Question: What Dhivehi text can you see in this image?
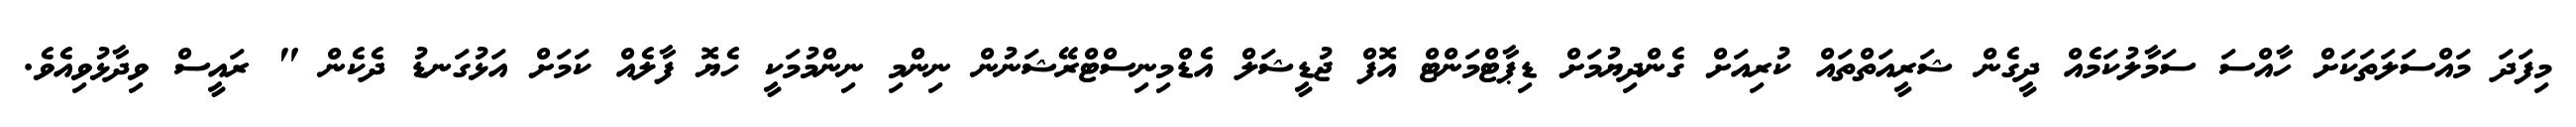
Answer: މިފަދަ މައްސަލަތަކަށް ހާއްސަ ސަމާލުކަމެއް ދީގެން ޝަރީއަތްތައް ކުރިއަށް ގެންދިޔުމަށް ޑިޕާޓްމަންޓް އޮފް ޖުޑީޝަލް އެޑްމިނިސްޓްރޭޝަނުން ނިންމި ނިންމުމަކީ ހެޔޮ ފާލެއް ކަމަށް އަޅުގަނޑު ދެކެން " ރައީސް ވިދާޅުވިއެވެ.